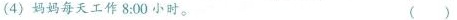
（4）妈妈每天工作8:00小时。（）